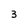
Character: 3